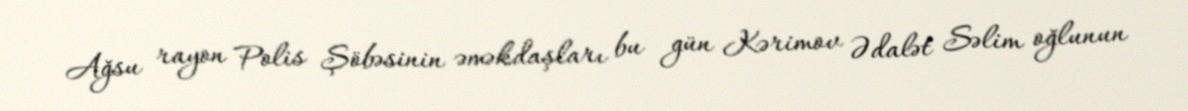
Ağsu rayon Polis Şöbəsinin əməkdaşları bu gün Kərimov Ədalət Səlim oğlunun